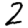
Digit: 2